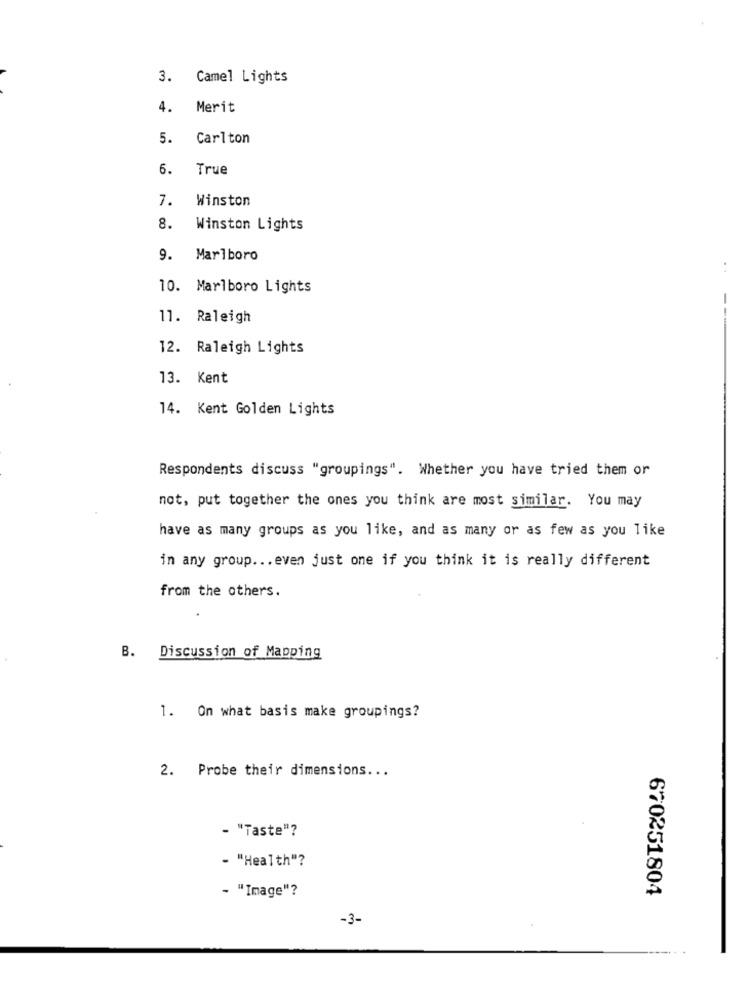
3.
Camel Lights
4.
Merit
5.
Carlton
6.
True
7.
Winston
8.
Winston Lights
9.
Marlboro
..
10. Marlboro Lights
11. Raleigh
---
12. Raleigh Lights
13. Kent
14. Kent Golden Lights
Respondents discuss "groupings". Whether you have tried them or
not, put together the ones you think are most similar. You may
have as many groups as you like, and as many or as few as you like
in any group ... even just one if you think it is really different
from the others.
B. Discussion of Mapping
1. On what basis make groupings?
2. Probe their dimensions ...
- "Taste"?
- "Health"?
670251804
- "Image"?
-3-